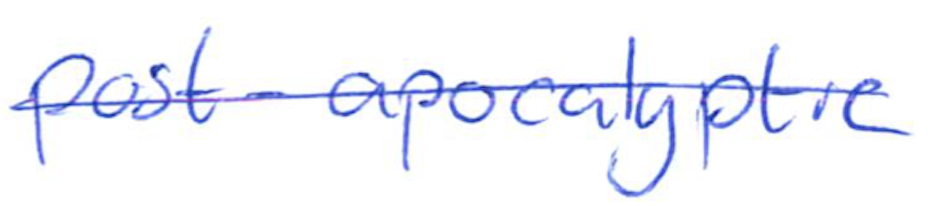
Text: post-apocalyptic
Cross-out: mix
Writing tool: ballpoint